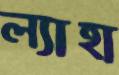
ল্যাহা